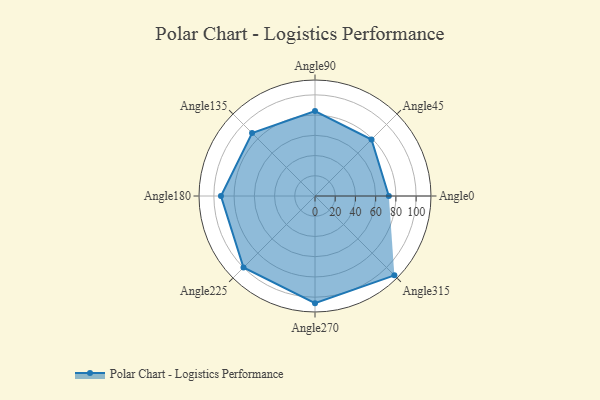
{"axis": {"x": "Angle", "y": "Radius"}, "legend": [""], "data": [{"x": "Angle0", "y": 73.0, "type": ""}, {"x": "Angle45", "y": 79.0, "type": ""}, {"x": "Angle90", "y": 84.0, "type": ""}, {"x": "Angle135", "y": 88.0, "type": ""}, {"x": "Angle180", "y": 93.0, "type": ""}, {"x": "Angle225", "y": 100.0, "type": ""}, {"x": "Angle270", "y": 106.0, "type": ""}, {"x": "Angle315", "y": 111.0, "type": ""}]}